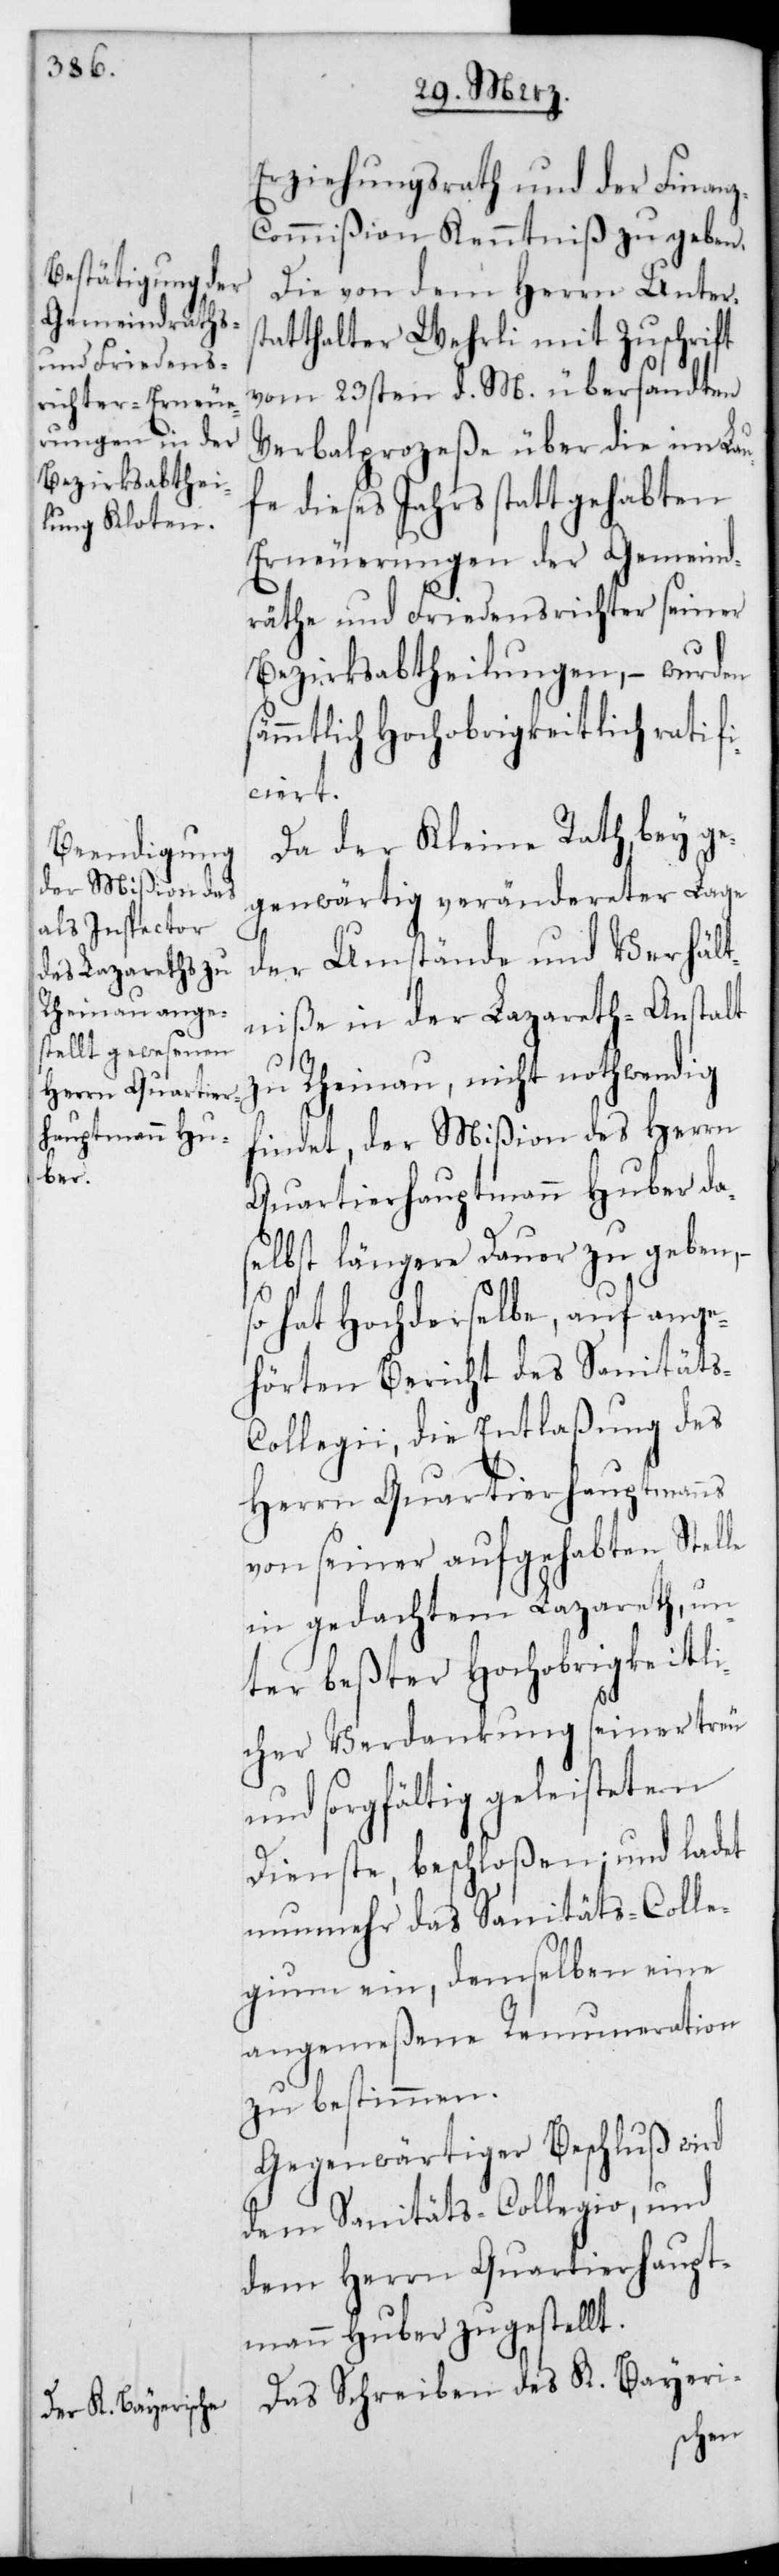
Erziehungsrath und der Finanz¬
commißion Kenntniß zu geben.
Die von dem Herrn Unter¬
atthalter Wehrli mit Zuschrift
vom 23sten d. M. übersandten
Verbalprozeße über die im Lau¬
fe dieses Jahrs stattgehabten
Erneuerungen der Gemeind¬
räthe und Friedensrichter seiner
Bezirksabtheilungen, – wurden
ämmtlich Hochobrigkeitlich ratif¬
iciert.
Da der Kleine Rath, bey ge¬
genwärtig verändereter Lage
der Umstände und Verhält¬
niße in der Lazareth-Anstalt
zu Rheinau, nicht nothwendig
findet, der Mißion des Herrn
Quartierhauptmann Huber da¬
selbst längere Dauer zu geben,
so hat Hochderselbe, auf ange¬
hörten Bericht des Sanitäts-C¬
ollegii, die Entlaßung des
Herrn Quartierhauptmanns
von seiner aufgehabten Stelle
in gedachtem Lazareth, un¬
ter bester Hochobrigkeitli¬
cher Verdankung seiner treu
und sorgfältig geleisteten
Dienste beschloßen; und ladet
nunmehr das Sanitäts-Colle¬
gium ein, demselben eine
angemeßene Renume-Ration
zu bestimmen.
Gegenwärtiger Beschluß wird
dem Sanitäts-Collegio und
dem Herrn Quartierhaupt¬
mann Huber zugestellt.
Das Schreiben des K. Bayeri-